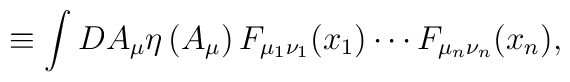
\equiv \int DA_\mu\eta\left(A_\mu\right)F_{\mu_1\nu_1}(x_1)\cdots F_{\mu_n\nu_n}(x_n),